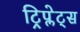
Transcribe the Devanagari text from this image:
ट्रिप्लेट्स